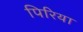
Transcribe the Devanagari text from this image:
पिरिया